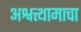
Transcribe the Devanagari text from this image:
अश्वत्थामाचा